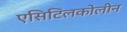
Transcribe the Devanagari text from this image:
एसिटिलकोलीन